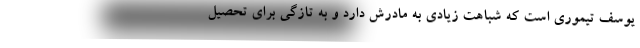
یوسف تیموری است که شباهت زیادی به مادرش دارد و به تازگی برای تحصیل